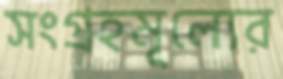
সংগ্রহমূল্যের